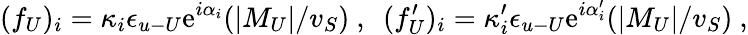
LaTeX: (f_{U})_{i}=\kappa_{i}\epsilon_{u{\mathrm{-}}U}\mathrm{e}^{i\alpha_{i}}(|M_{U}|/v_{S})~,~~(f_{U}^{\prime})_{i}=\kappa_{i}^{\prime}\epsilon_{u{\mathrm{-}}U}\mathrm{e}^{i\alpha_{i}^{\prime}}(|M_{U}|/v_{S})~,